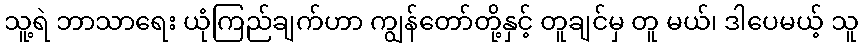
သူ့ရဲ ဘာသာရေး ယုံကြည်ချက်ဟာ ကျွန်တော်တို့နှင့် တူချင်မှ တူ မယ်၊ ဒါပေမယ့် သူ